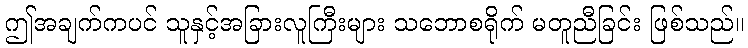
ဤအချက်ကပင် သူနှင့်အခြားလူကြီးများ သဘောစရိုက် မတူညီခြင်း ဖြစ်သည်။